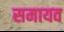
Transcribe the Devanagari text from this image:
समायव